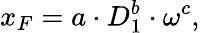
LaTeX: x_{F}=a\cdot D_{1}^{b}\cdot\omega^{c},